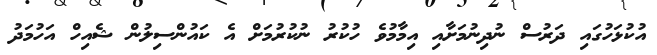
އުކުޅަހުގައި ދަރުސް ނުދިނުމަށާއި އިމާމުވެ ހުކުރު ނުކުރުމަށް އެ ކައުންސިލުން ޝެއިހް އަހުމަދު